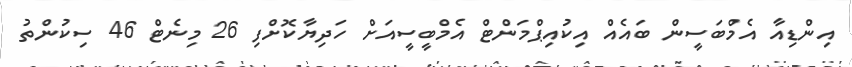
އިންޑިއާ އެމްބަސީން ބައެއް އިކުއިޕްމަންޓް އެމްބީސީއަށް ހަދިޔާކޮށްފި 26 މިނެޓް 46 ސިކުންތު